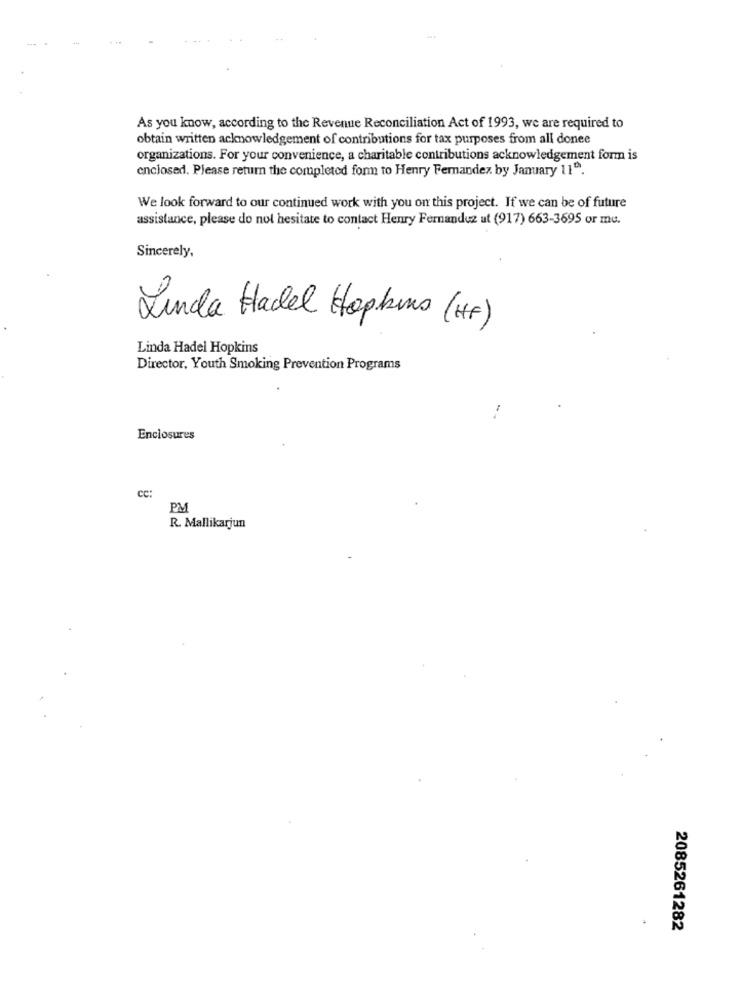
As you know, according to the Revenue Reconciliation Act of 1993, we are required to
obtain written acknowledgement of contributions for tax purposes from all donee
organizations. For your convenience, a charitable contributions acknowledgement form is
enclosed. Please return the completed form to Henry Fernandez by January 11".
We look forward to our continued work with you on this project. If we can be of future
assistance, please do not hesitate to contact Henry Fernandez ut (917) 663-3695 or me.
Sincerely,
Linda Hadel Hopkins (HF)
Linda Hadel Hopkins
Director, Youth Smoking Prevention Programs
Enclosures
cc:
PM
R. Mallikarjun
2085261282